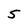
Character: 5